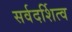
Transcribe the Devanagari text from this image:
सर्वदर्शित्व